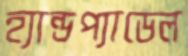
হ্যান্ডপ্যাডেল